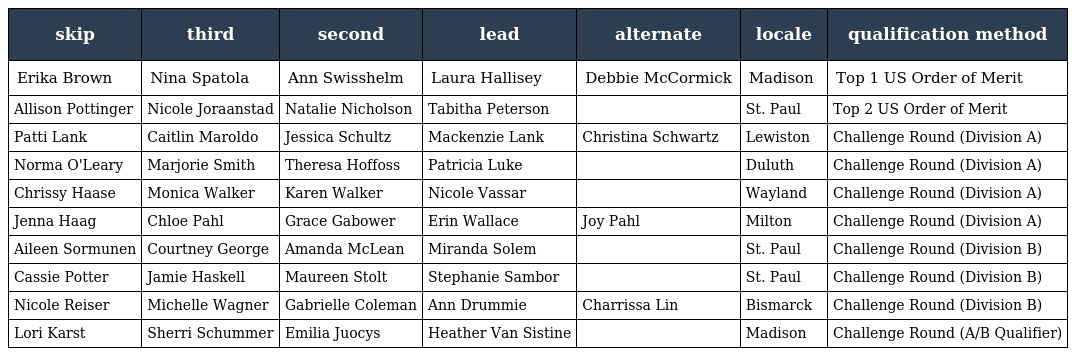
| skip | third | second | lead | alternate | locale | qualification method |
 | --- | --- | --- | --- | --- | --- | --- |
 | Erika Brown | Nina Spatola | Ann Swisshelm | Laura Hallisey | Debbie McCormick | Madison | Top 1 US Order of Merit |
 | Allison Pottinger | Nicole Joraanstad | Natalie Nicholson | Tabitha Peterson |  | St. Paul | Top 2 US Order of Merit |
 | Patti Lank | Caitlin Maroldo | Jessica Schultz | Mackenzie Lank | Christina Schwartz | Lewiston | Challenge Round (Division A) |
 | Norma O'Leary | Marjorie Smith | Theresa Hoffoss | Patricia Luke |  | Duluth | Challenge Round (Division A) |
 | Chrissy Haase | Monica Walker | Karen Walker | Nicole Vassar |  | Wayland | Challenge Round (Division A) |
 | Jenna Haag | Chloe Pahl | Grace Gabower | Erin Wallace | Joy Pahl | Milton | Challenge Round (Division A) |
 | Aileen Sormunen | Courtney George | Amanda McLean | Miranda Solem |  | St. Paul | Challenge Round (Division B) |
 | Cassie Potter | Jamie Haskell | Maureen Stolt | Stephanie Sambor |  | St. Paul | Challenge Round (Division B) |
 | Nicole Reiser | Michelle Wagner | Gabrielle Coleman | Ann Drummie | Charrissa Lin | Bismarck | Challenge Round (Division B) |
 | Lori Karst | Sherri Schummer | Emilia Juocys | Heather Van Sistine |  | Madison | Challenge Round (A/B Qualifier) |